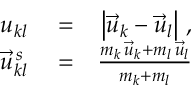
\begin{array} { r l r } { u _ { k l } } & { { } = } & { \left| \vec { u } _ { k } - \vec { u } _ { l } \right| \, , } \\ { \vec { u } _ { k l } ^ { \, s } } & { { } = } & { \frac { m _ { k } \, \vec { u } _ { k } + m _ { l } \, \vec { u } _ { l } } { m _ { k } + m _ { l } } } \end{array}